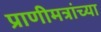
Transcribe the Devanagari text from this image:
प्राणीमत्रांच्या